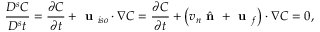
\frac { D ^ { s } C } { D ^ { s } t } = \frac { \partial C } { \partial t } + \textbf { u } _ { i s o } \cdot \boldsymbol \nabla C = \frac { \partial C } { \partial t } + \left( v _ { n } \hat { \textbf { n } } + \textbf { u } _ { f } \right) \cdot \boldsymbol \nabla C = 0 ,